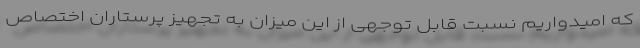
که امیدواریم نسبت قابل توجهی از این میزان به تجهیز پرستاران اختصاص